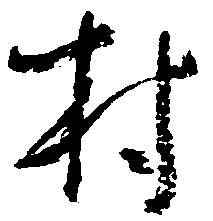
村